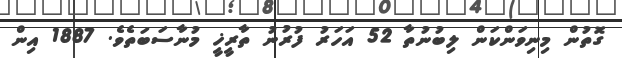
ގޮތުން މިނިވަންކަން ލިބުނުތާ 52 އަހަރު ފުރުނު ތާރީޚީ މުނާސަބަތެވެ. 1887 އިން